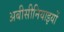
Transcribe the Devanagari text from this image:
अबीसीनियाइयों